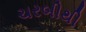
ચરબીથી